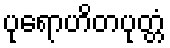
ပုရောဟိတပုတ္တံ